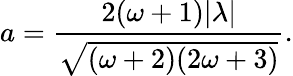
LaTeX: a=\frac{2(\omega+1)|\lambda|}{\sqrt{(\omega+2)(2\omega+3)}}.